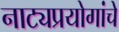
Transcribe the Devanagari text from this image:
नाट्यप्रयोगांचे